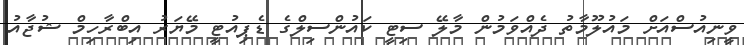
ވީނިއުސްއަށް މައުލޫމާތު ދެއްވަމުން މާލޭ ސިޓީ ކައުންސިލްގެ ޑެޕިއުޓީ މޭޔަރު އިބްރާހިމް ޝުޖާއު